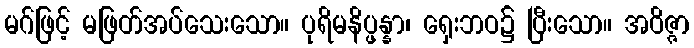
မဂ်ဖြင့် မဖြတ်အပ်သေးသော။ ပုရိမနိပ္ဖန္နာ၊ ရှေးဘဝ၌ ပြီးသော။ အဝိဇ္ဇာ